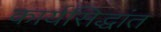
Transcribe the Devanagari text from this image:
कार्यसिद्धांत